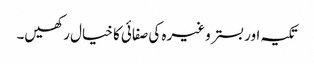
تکیہ اور بستر وغیرہ کی صفائی کا خیال رکھیں۔